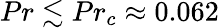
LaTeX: {Pr\lesssim Pr_{c}\approx 0.062}